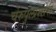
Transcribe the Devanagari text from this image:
चेरुपुलास्सेरी